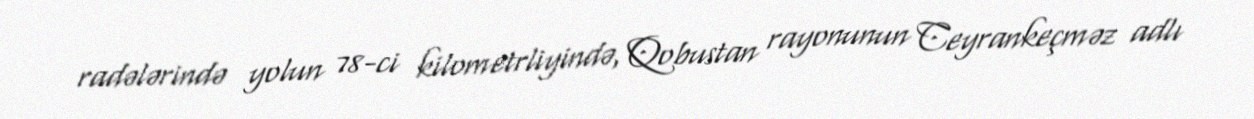
radələrində yolun 78-ci kilometrliyində, Qobustan rayonunun Ceyrankeçməz adlı